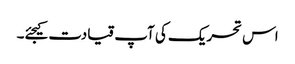
اس تحریک کی آپ قیادت کیجئے۔